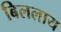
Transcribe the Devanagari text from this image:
बिललाय